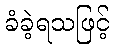
ခံခဲ့ရသဖြင့်